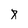
Character: 8